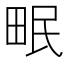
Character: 𤱕